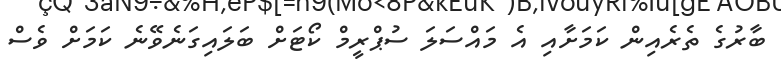
ބާރުގެ ތެރެއިން ކަމަށާއި އެ މައްސަލަ ސުޕްރީމް ކޯޓަށް ބަލައިގަނެވޭނެ ކަމަށް ވެސް